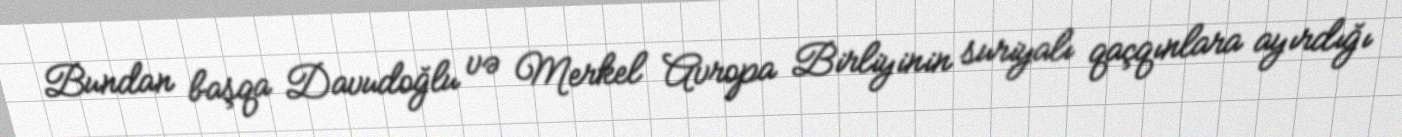
Bundan başqa Davudoğlu və Merkel Avropa Birliyinin suriyalı qaçqınlara ayırdığı